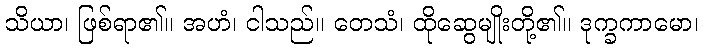
သိယာ၊ ဖြစ်ရာ၏။ အဟံ၊ ငါသည်။ တေသံ၊ ထိုဆွေမျိုးတို့၏။ ဒုက္ခကာမော၊